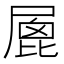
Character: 𡲮